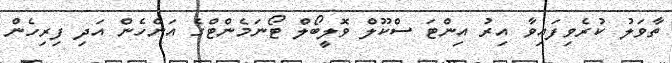
ތާވަލު ކުރެވިފައިވާ އިރު އިންޓަ ސްކޫލް ވޮލީބޯލް ޓޯނަމެންޓްގެ އަންހެން އަދި ފިރިހެން